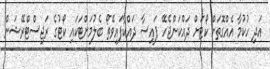
އަދި ހުކުމާ އެއްގޮތަށް ކޯޓަށް ދައްކަންޖެހޭ ފައިސާ ދައްކާފައިވޭތޯ ބެލުމަށްޓަކައި ކޯޓުގެ ރަޖިސްޓްރޭޝަން